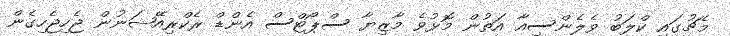
މެޗުގައި ކްލަބު ވެލެންސިއާ އަތުން މޮޅުވެ މާޒިޔާ ސްޕޯޓްސް އެންޑް ރެކްރިއޭޝަނުން ޖެހިޖެހިގެން